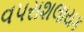
વપરાશલાયક